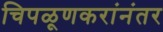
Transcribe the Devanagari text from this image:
चिपळूणकरांनंतर